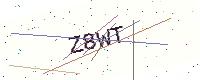
Text: Z8WT